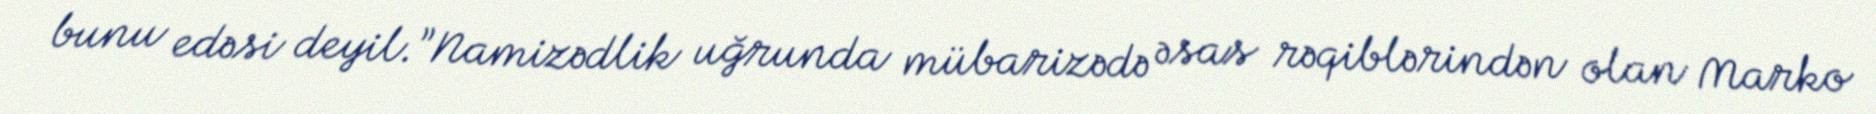
bunu edəsi deyil.”Namizədlik uğrunda mübarizədə əsas rəqiblərindən olan Marko